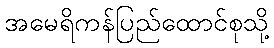
အမေရိကန်ပြည်ထောင်စုသို့